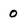
Character: 0